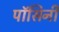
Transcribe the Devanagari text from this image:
पॉसिनी